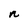
Character: n